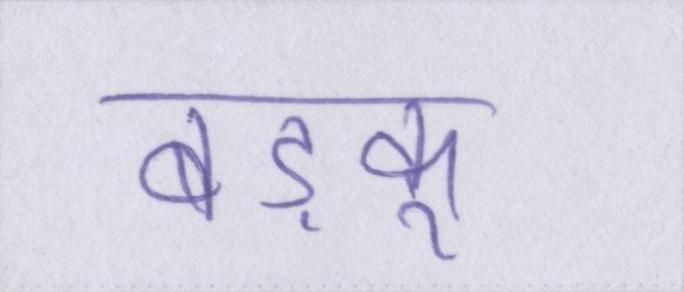
बड़कू